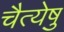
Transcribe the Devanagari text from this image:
चैत्येषु